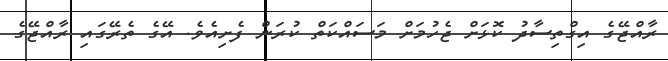
ރާއްޖޭގެ އިގްތިސާދު ކޮޅަށް ޖެހުމަށް މަސައްކަތް ކުރަން ފެށިއެވެ. އޭގެ ތެރޭގައި ރާއްޖޭގެ